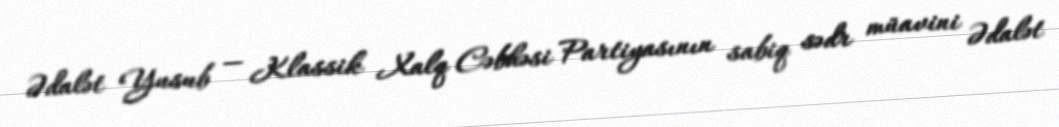
Ədalət Yusub — Klassik Xalq Cəbhəsi Partiyasının sabiq sədr müavini Ədalət